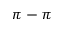
\pi - \pi